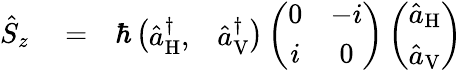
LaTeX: \begin{array}{rlr}{\hat{S}_{z}}&{{}=}&{\hbar\left(\begin{array}{cc}{\hat{a}_{\mathrm{H}}^{\dagger},}&{\hat{a}_{\mathrm{V}}^{\dagger}}\end{array}\right)\left(\begin{array}{cc}{0}&{-i}\\ {i}&{0}\end{array}\right)\left(\begin{array}{c}{\hat{a}_{\mathrm{H}}}\\ {\hat{a}_{\mathrm{V}}}\end{array}\right)}\end{array}